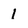
Character: 1